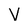
Character: V